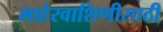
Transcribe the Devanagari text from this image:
माहेरवाशिणीसाठी